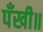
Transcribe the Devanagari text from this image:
पँखी॥